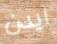
ايدن